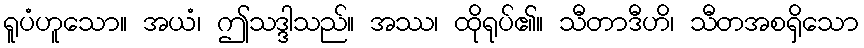
ရူပံဟူသော။ အယံ၊ ဤသဒ္ဒါသည်။ အဿ၊ ထိုရုပ်၏။ သီတာဒီဟိ၊ သီတအစရှိသော